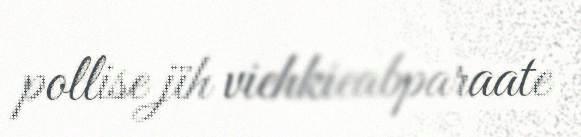
pollise jïh viehkieabparaate